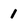
Character: l